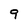
Character: 9